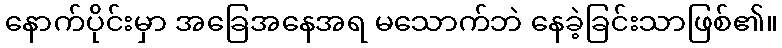
နောက်ပိုင်းမှာ အခြေအနေအရ မသောက်ဘဲ နေခဲ့ခြင်းသာဖြစ်၏။